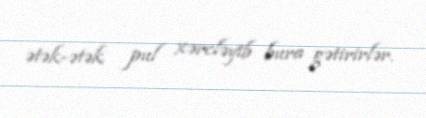
ətək-ətək pul xərcləyib bura gətirirlər.